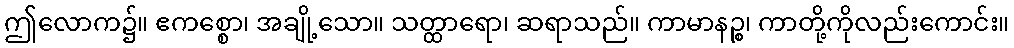
ဤလောက၌။ ဧကစ္စော၊ အချို့သော။ သတ္ထာရော၊ ဆရာသည်။ ကာမာနဉ္စ၊ ကာတို့ကိုလည်းကောင်း။